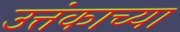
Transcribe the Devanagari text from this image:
उत्तंकाच्या